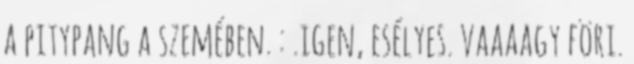
a pitypang a szemében. : .igen, esélyes. vaaaagy föri.